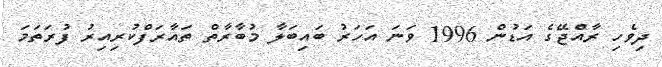
ދިވެހި ރާއްޖޭގެ އަޑުން 1996 ވަނަ އަހަރު ބައިބަލާ މުބާރާތް ތައާރަފްކުރިއިރު ފުރަތަމަ